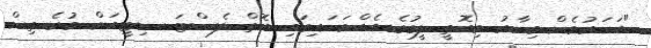
"އަހަރުމެން މިހާރު މިއޮތީ ލީގުގެ އެއްވަނައިގައި އޮތް ލެސްޓަ ސިޓީއަށް ވުރެ ތިން